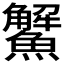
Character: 𩼠